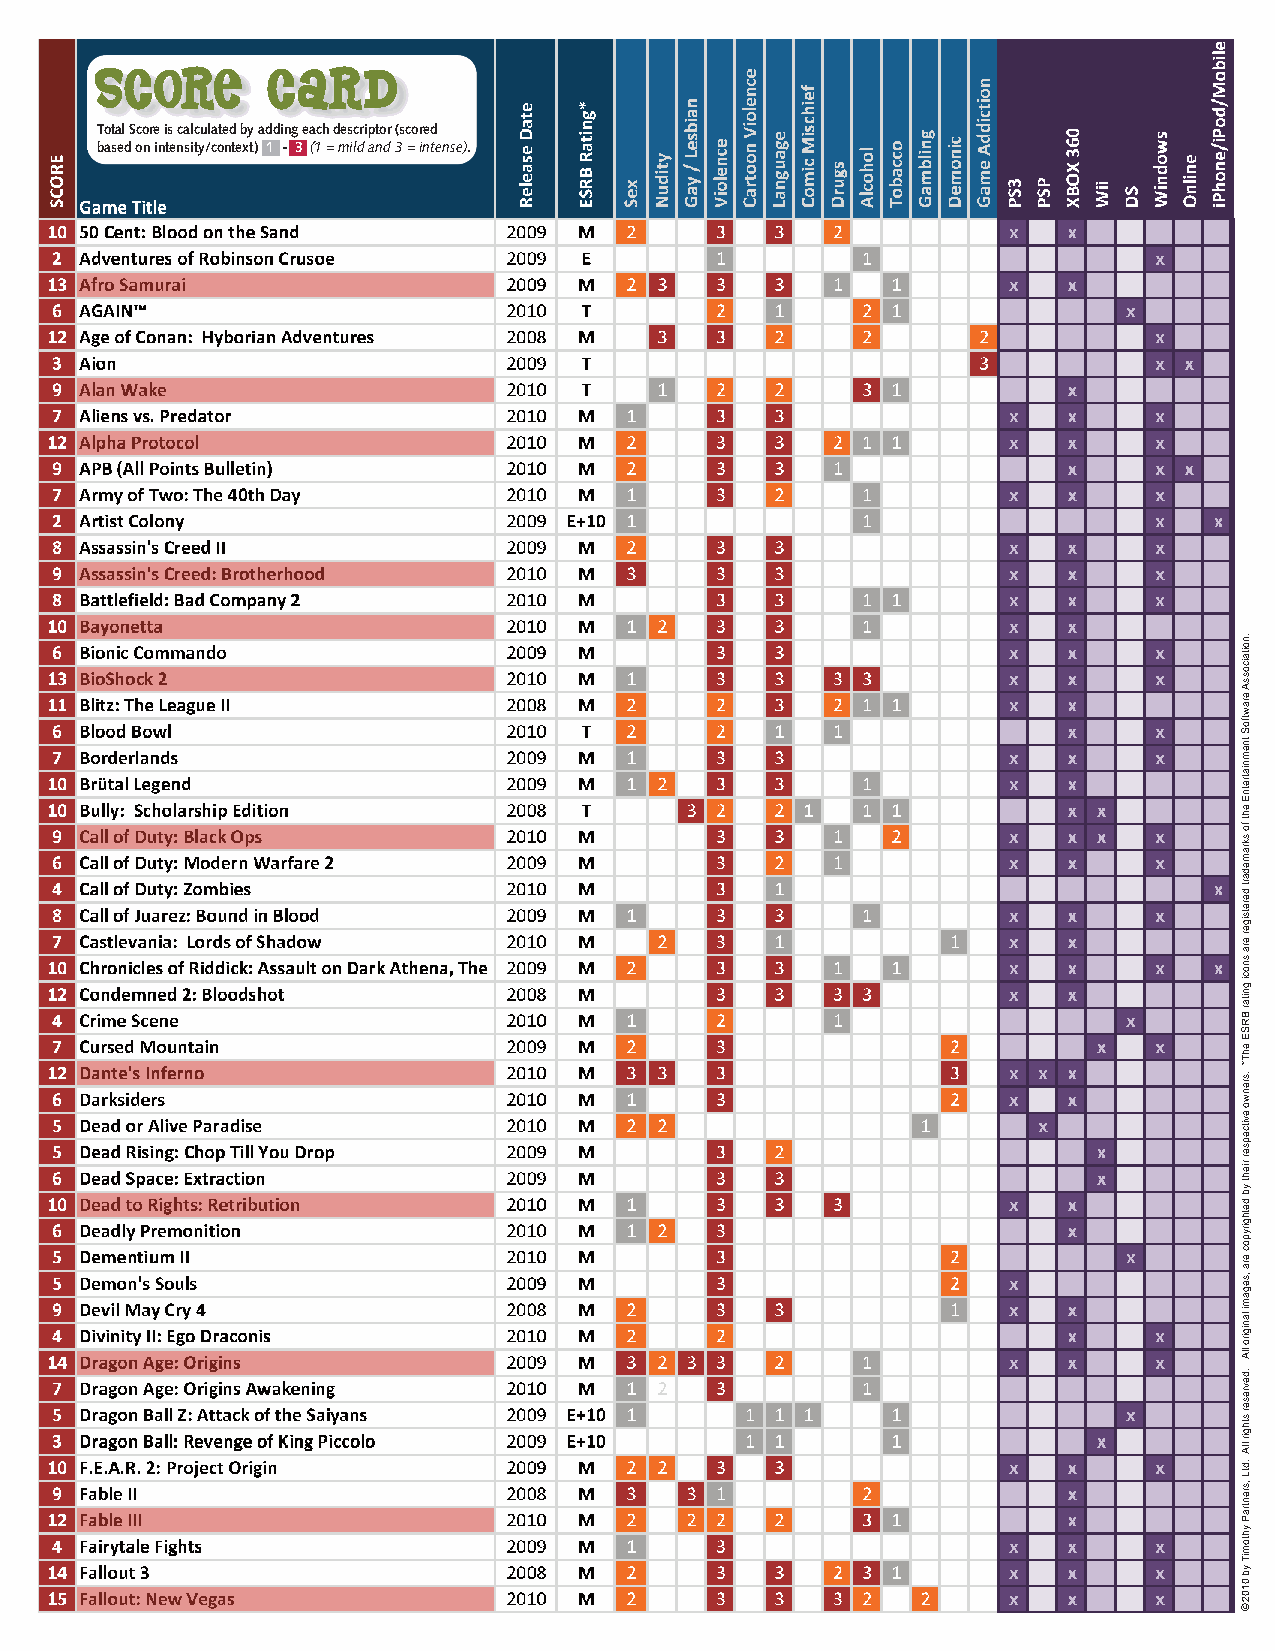
SCORE       CARD
 Total Score is calculated by adding each descriptor (scored
 based on intensity/context) 1 - 3 (1 = mild and 3 = intense).
 .noitaicossA
 erawtfoS
 tnemniatretnE
 eht
 fo
 skramedart
 deretsiger
 era
 snoci
 gnitar
 BRSE
 ehT*
 .srenwo
 evitcepser
 rieht
 yb
 dethgirypoc
 era
 ,segami
 lanigiro
 llA
 .devreser
 sthgir
 llA
 .dtL
 ,srentraP
 yhtomiT
 yb
 0102
 ©